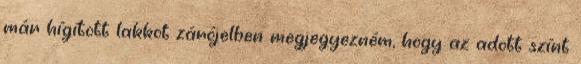
már hígított lakkot zárójelben megjegyezném, hogy az adott színt